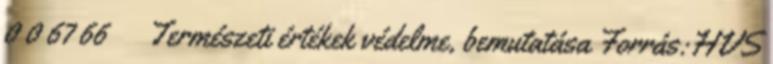
0 0 67 66 ▪Természeti értékek védelme, bemutatása Forrás:HVS